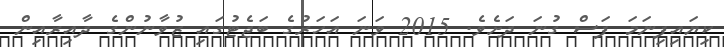
ކިޔައިފިނަމަ ފަސް ގުނަ ދަށެވެ. 2015 ވަނަ އަހަރުގެ ބަޖެޓުގައި ޒުވާނުންގެ ދާއިރާއިން